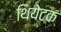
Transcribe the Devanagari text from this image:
थियेटक